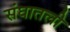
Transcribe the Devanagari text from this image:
संघातली